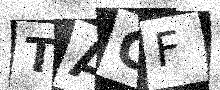
Text: TAGF